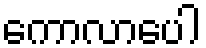
ကောလာပေါ